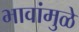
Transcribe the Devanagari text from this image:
भावांमुळे